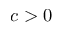
c > 0